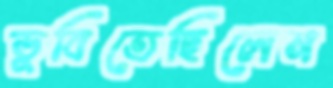
ডুবিতেছিলেন